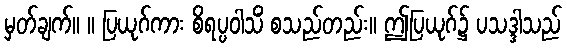
မှတ်ချက်။ ။ ပြယုဂ်ကား စိရပ္ပဝါသိံ စသည်တည်း။ ဤပြယုဂ်၌ ပသဒ္ဒါသည်